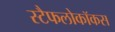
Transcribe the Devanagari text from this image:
स्टैफलोकॉकस